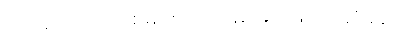
ကာမဂုဏ် အပြစ်များကို ဥပမာများဖြင့် ပြဆိုခန်း။